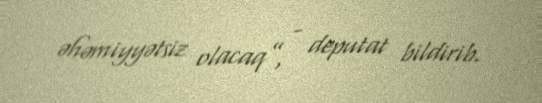
əhəmiyyətsiz olacaq”, - deputat bildirib.